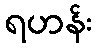
ရဟန်း